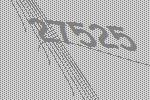
27525